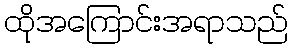
ထိုအကြောင်းအရာသည်